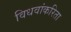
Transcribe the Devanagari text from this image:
विधवांकरिता